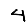
Digit: 4